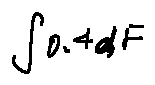
\int 0 . 4 d F